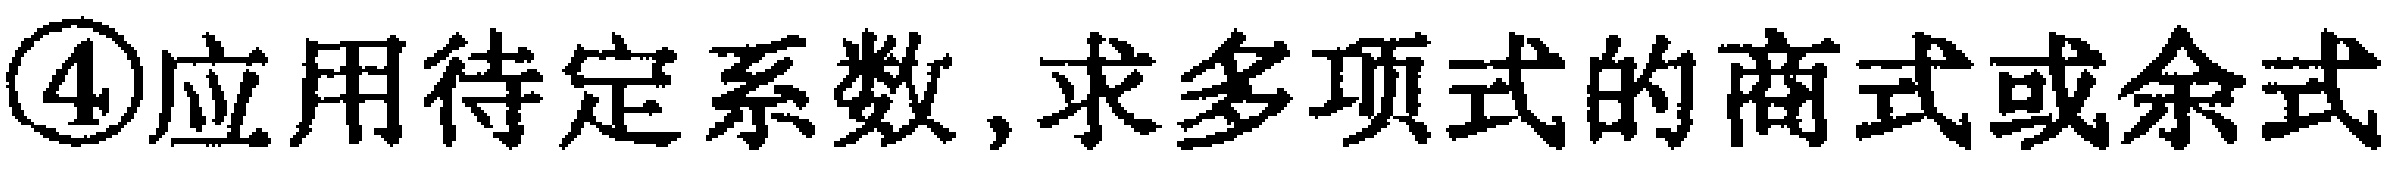
\textcircled{4}应用待定系数,求多项式的商式或余式